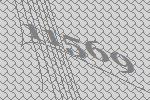
11569